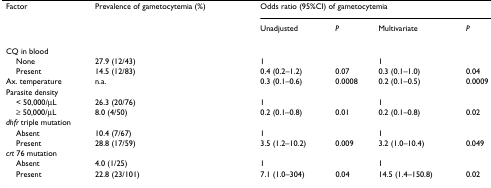
| Factor | Prevalence of gametocytemia (%) | <COLSPAN=4> Odds ratio (95%CI) of gametocytemia |
 |  |  | Unadjusted | P | Multivariate | P |
 | --- | --- | --- | --- | --- | --- |
 | <COLSPAN=6> CQ in blood |
 | None | 27.9 (12/43) | 1 |  | 1 |  |
 | Present | 14.5 (12/83) | 0.4 (0.2–1.2) | 0.07 | 0.3 (0.1–1.0) | 0.04 |
 | Ax. temperature | n.a. | 0.3 (0.1–0.6) | 0.0008 | 0.2 (0.1–0.5) | 0.0009 |
 | <COLSPAN=6> Parasite density |
 | < 50,000/μL | 26.3 (20/76) | 1 |  | 1 |  |
 | ≥ 50,000/μL | 8.0 (4/50) | 0.2 (0.1–0.8) | 0.01 | 0.2 (0.1–0.8) | 0.02 |
 | <COLSPAN=6> dhfr triple mutation |
 | Absent | 10.4 (7/67) | 1 |  | 1 |  |
 | Present | 28.8 (17/59) | 3.5 (1.2–10.2) | 0.009 | 3.2 (1.0–10.4) | 0.049 |
 | <COLSPAN=6> crt 76 mutation |
 | Absent | 4.0 (1/25) | 1 |  | 1 |  |
 | Present | 22.8 (23/101) | 7.1 (1.0–304) | 0.04 | 14.5 (1.4–150.8) | 0.02 |